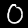
Label: 0